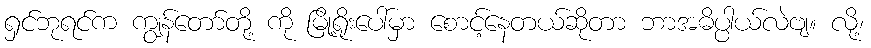
ရှင်ဘုရင်က ကျွန်တော်တို့ ကို မြို့ရိုးပေါ်မှာ စောင့်နေတယ်ဆိုတာ ဘာအဓိပ္ပါယ်လဲဗျ။ လို့၊